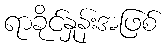
ရာခိုင်နှုန်းအဖြစ်